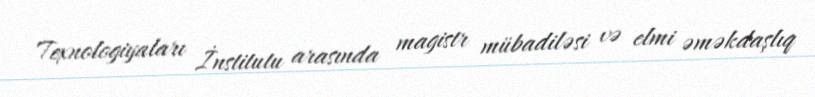
Texnologiyaları İnstitutu arasında magistr mübadiləsi və elmi əməkdaşlıq